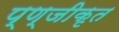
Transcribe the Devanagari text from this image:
प्ण्जीकृत